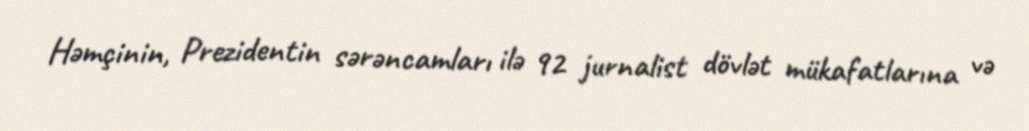
Həmçinin, Prezidentin sərəncamları ilə 92 jurnalist dövlət mükafatlarına və